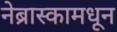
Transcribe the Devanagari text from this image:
नेब्रास्कामधून